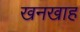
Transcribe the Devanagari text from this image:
खनखाह